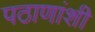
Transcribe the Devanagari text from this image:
पठाणांशी